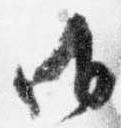
御